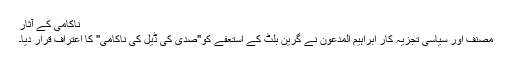
ناکامی کے آثار
مصنف اور سیاسی تجزیہ کار ابراہیم المدعون نے گرین بلٹ کے استعفے کو"صدی کی ڈیل کی ناکامی" کا اعتراف قرار دیا۔